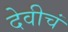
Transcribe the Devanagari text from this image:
देवीचं